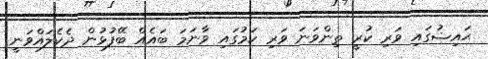
ޙައިޟުގައި ވަރި ކުރީ ތިންވަނަ ވަރި ކަމުގައި ވާނަމަ ބައެއް ބޭފުޅުން ދެކެލައްވަނީ